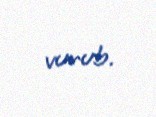
vurub.